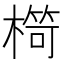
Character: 𣘠